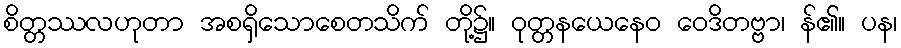
စိတ္တဿလဟုတာ အစရှိသောစေတသိက် တို့၌။ ဝုတ္တနယေနေဝ ဝေဒိတဗ္ဗာ၊ န်၏။ ပန၊